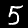
Label: 5